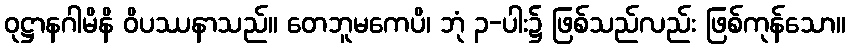
ဝုဋ္ဌာနဂါမိနိ ဝိပဿနာသည်။ တေဘူမကေပိ၊ ဘုံ ၃-ပါး၌ ဖြစ်သည်လည်း ဖြစ်ကုန်သော။